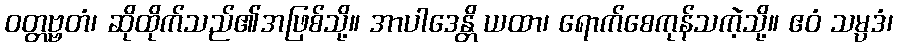
ဝတ္တဗ္ဗတံ၊ ဆိုထိုက်သည်၏အဖြစ်သို့။ အာပါဒေန္တိ ယထာ၊ ရောက်စေကုန်သကဲ့သို့။ ဧဝံ သမ္ပဒံ၊